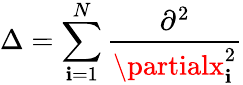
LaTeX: \Delta=\sum_{\mathbf{i}=1}^{N}\frac{{\partial^{2}}}{{\partialx_{\mathbf{i}}^{2}}}